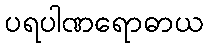
ပရပါဏရောဓာယ